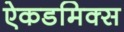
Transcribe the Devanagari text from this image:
ऐकडमिक्स